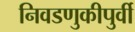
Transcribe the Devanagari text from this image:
निवडणुकीपुर्वी